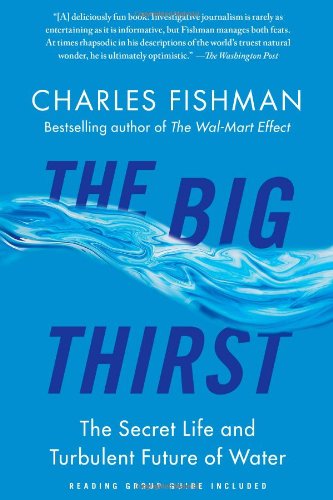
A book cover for The Big Thirst: The Secret Life and Turbulent Future of Water; Charles Fishman; Science & Math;